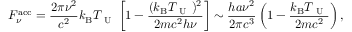
F _ { \nu } ^ { \mathrm { a c c } } = \frac { 2 \pi \nu ^ { 2 } } { c ^ { 2 } } k _ { \mathrm { B } } T _ { \mathrm { ~ U ~ } } \left[ 1 - \frac { ( k _ { \mathrm { B } } T _ { \mathrm { ~ U ~ } } ) ^ { 2 } } { 2 m c ^ { 2 } h \nu } \right] \sim \frac { h a \nu ^ { 2 } } { 2 \pi c ^ { 3 } } \left( 1 - \frac { k _ { \mathrm { B } } T _ { \mathrm { ~ U ~ } } } { 2 m c ^ { 2 } } \right) ,